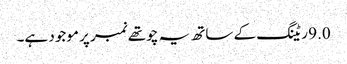
9.0 ریٹنگ کے ساتھ یہ چوتھے نمبر پر موجود ہے۔